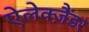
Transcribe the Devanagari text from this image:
ऐलेक्ज़ैंडर